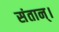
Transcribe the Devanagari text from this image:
संतान्।